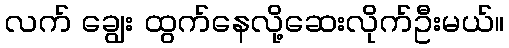
လက် ချွေး ထွက်နေလို့ဆေးလိုက်ဦးမယ်။